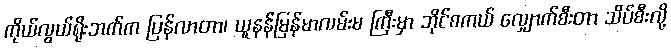
ကိုယ်လွယ်ရိုးဘက်က ပြန်လာတာ၊ ယူနန်မြန်မာလမ်းမ ကြီးမှာ ဘိုင်စကယ် လျှောက်စီးတာ သိပ်စီးလို့